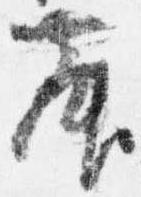
舞